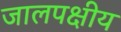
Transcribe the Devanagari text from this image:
जालपक्षीय